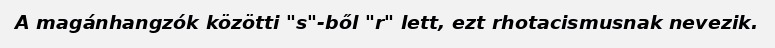
A magánhangzók közötti "s"-ből "r" lett, ezt rhotacismusnak nevezik.